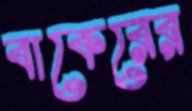
বাকেরের